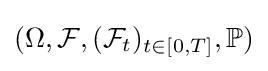
(\Omega ,{\mathcal {F}},({\mathcal {F}}_{t})_{t\in [0,T]},\mathbb {P} )